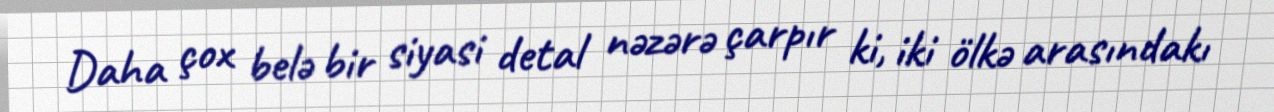
Daha çox belə bir siyasi detal nəzərə çarpır ki, iki ölkə arasındakı